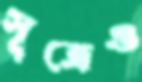
সূত্রেও